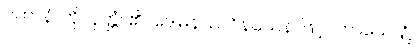
ပဟာနံ၊ ကို။ ဝုတ္တံ၊ ၏။ ဒေါမနဿဝိနယေန၊ ဖြင့်။ ကာယေ၊ ၌။